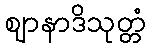
ဈာနာဒိသုတ္တံ